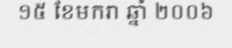
១៥ ខែមករា ឆ្នាំ ២០០៦